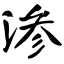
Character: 渗